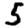
Digit: 5